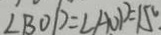
\angle B O D = \angle A O P = 1 5 ^ { \circ } .